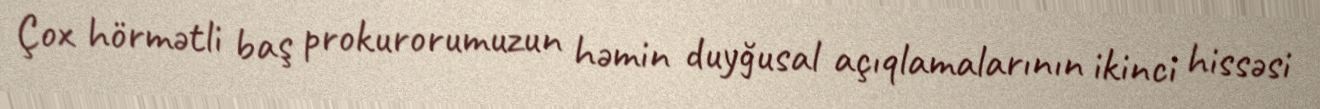
Çox hörmətli baş prokurorumuzun həmin duyğusal açıqlamalarının ikinci hissəsi